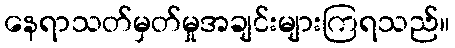
နေရာသတ်မှတ်မှုအချင်းများကြရသည်။